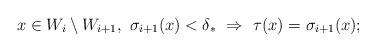
LaTeX: \begin{align*}x \in W_i \setminus W_{i+1}, \ \sigma_{i+1}(x) < \delta_* \ \Rightarrow \ \tau(x) = \sigma_{i+1}(x);\end{align*}